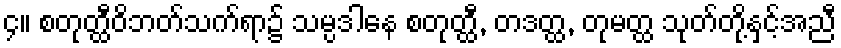
၄။ စတုတ္ထီဝိဘတ်သက်ရာ၌ သမ္ပဒါနေ စတုတ္ထီ, တဒတ္ထ, တုမတ္ထ သုတ်တို့နှင့်အညီ